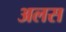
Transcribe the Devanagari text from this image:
अलस